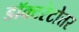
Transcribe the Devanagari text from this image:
डॉक्टरेटोत्तर